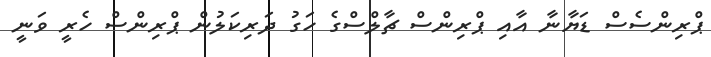
ޕްރިންސެސް ޑަޔާނާ އާއި ޕްރިންސް ޗާލްސްގެ ހަގު ދަރިކަލުން ޕްރިންސް ހެރީ ވަނީ